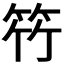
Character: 𮅋